Some observations on the poison of Russell's viper (Daboia russellii) - Number 3
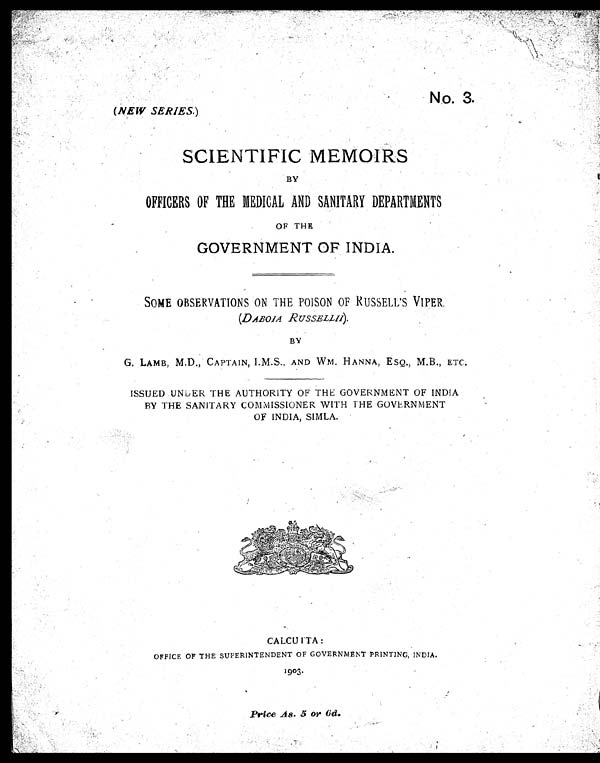
N o. 3.
(NEW SERIES.)
SCIENTIFIC MEMOIRS
BY
OFFICERS OF THE MEDICAL AND SANITARY DEPARTMENTS
OF THE
GOVERNMENT OF INDIA .
SOME OBSERVATIONS ON THE POISON OF RUSSELL'S VIPER.
(DABOIA. RUSSELLII)
BY
G. LAMB, M.D., CAPTAIN, I.M.S., AND WM. HANNA, ESQ., M.B., ETC.
ISSUED UNDER THE AUTHORITY OF THE GOVERNMENT OF INDIA
BY THE SANITARY COMMISSIONER WITH THE GOVERNMENT
OF INDIA, SIMLA.
CALCUTTA
:
OFFICE OF THE SUPERINTENDENT OF GOVERNMENT PRINTING, INDIA.
1903.
Price As. 5 or 6d.